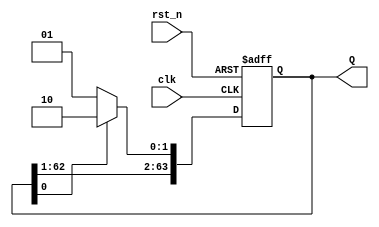
`timescale 1ns / 1ps

module JC_counter(
    input clk,
    input rst_n,
    output reg [63:0] Q
);

    // On every rising edge of the clock or falling edge of reset
    always @(posedge clk or negedge rst_n) begin
        if (!rst_n) begin
            // Active-low reset condition; reset the counter value
            Q <= 64'b0;
        end else begin
            // Check the least significant bit to decide on appending a '1' or '0'
            if (Q[0] == 1'b0) begin
                // LSB is '0', so shift left and append '1' at the MSB
                Q <= {Q[62:0], 1'b1};
            end else begin
                // LSB is '1', so shift left and append '0' at the MSB (inverting the sequence)
                Q <= {Q[62:0], 1'b0};
            end
        end
    end

endmodule